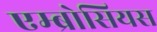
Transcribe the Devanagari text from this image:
एम्ब्रोसियस